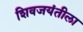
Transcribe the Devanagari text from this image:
शिवजयंतीला